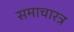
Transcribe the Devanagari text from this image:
समाचारत्र